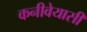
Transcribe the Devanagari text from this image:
कनीवेयासी